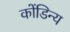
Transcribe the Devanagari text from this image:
कोंडिन्य